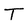
Character: T